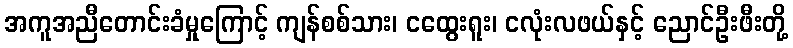
အကူအညီတောင်းခံမှုကြောင့် ကျန်စစ်သား၊ ငထွေးရူး၊ ငလုံးလဖယ်နှင့် ညောင်ဦးဖီးတို့